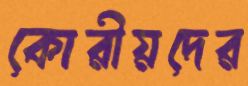
কোরীয়দের